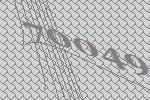
70049